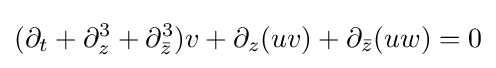
\displaystyle (\partial _{t}+\partial _{z}^{3}+\partial _{\bar {z}}^{3})v+\partial _{z}(uv)+\partial _{\bar {z}}(uw)=0